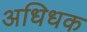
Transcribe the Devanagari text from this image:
अधिधक